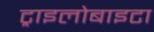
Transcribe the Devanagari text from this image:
ट्राइलोबाइटा